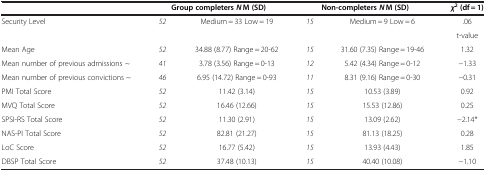
<table><thead><tr><td><b> </b></td><td colspan="2"><b>Group completers <i>N</i> M (SD)</b></td><td colspan="2"><b>Non-completers <i>N</i> M (SD)</b></td><td><b><i>χ</i><sup>2</sup>(df = 1)</b></td></tr></thead><tbody><tr><td>Security Level</td><td><i>52</i></td><td>Medium = 33 Low = 19</td><td><i>15</i></td><td>Medium = 9 Low = 6</td><td>.06</td></tr><tr><td> </td><td> </td><td> </td><td> </td><td> </td><td>t-value</td></tr><tr><td>Mean Age</td><td><i>52</i></td><td>34.88 (8.77) Range = 20-62</td><td><i>15</i></td><td>31.60 (7.35) Range = 19-46</td><td>1.32</td></tr><tr><td>Mean number of previous admissions ~</td><td><i>41</i></td><td>3.78 (3.56) Range = 0-13</td><td><i>12</i></td><td>5.42 (4.34) Range = 0-12</td><td>−1.33</td></tr><tr><td>Mean number of previous convictions ~</td><td><i>46</i></td><td>6.95 (14.72) Range = 0-93</td><td><i>11</i></td><td>8.31 (9.16) Range = 0-30</td><td>−0.31</td></tr><tr><td>PMI Total Score</td><td><i>52</i></td><td>11.42 (3.14)</td><td><i>15</i></td><td>10.53 (3.89)</td><td>0.92</td></tr><tr><td>MVQ Total Score</td><td><i>52</i></td><td>16.46 (12.66)</td><td><i>15</i></td><td>15.53 (12.86)</td><td>0.25</td></tr><tr><td>SPSI-RS Total Score</td><td><i>52</i></td><td>11.30 (2.91)</td><td><i>15</i></td><td>13.09 (2.62)</td><td>−2.14*</td></tr><tr><td>NAS-PI Total Score</td><td><i>52</i></td><td>82.81 (21.27)</td><td><i>15</i></td><td>81.13 (18.25)</td><td>0.28</td></tr><tr><td>LoC Score</td><td><i>52</i></td><td>16.77 (5.42)</td><td><i>15</i></td><td>13.93 (4.43)</td><td>1.85</td></tr><tr><td>DBSP Total Score</td><td><i>52</i></td><td>37.48 (10.13)</td><td><i>15</i></td><td>40.40 (10.08)</td><td>−1.10</td></tr></tbody></table>